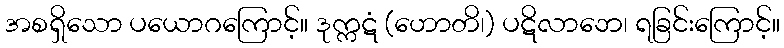
အစရှိသော ပယောဂကြောင့်။ ဒုက္ကဋံ (ဟောတိ၊) ပဋိလာဘေ၊ ရခြင်းကြောင့်။